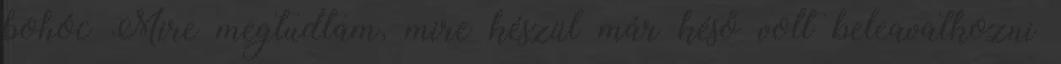
bohóc Mire megtudtam, mire készül már késő volt beleavatkozni